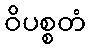
ဝိပစ္စတံ